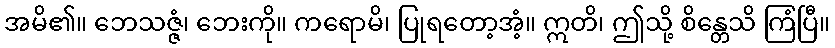
အမိ၏။ ဘေသဇ္ဇံ၊ ဘေးကို။ ကရောမိ၊ ပြုရတော့အံ့။ ဣတိ၊ ဤသို့ စိန္တေသိ ကြံပြီ။